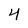
Character: 4